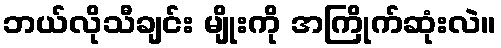
ဘယ်လိုသီချင်း မျိုးကို အကြိုက်ဆုံးလဲ။